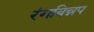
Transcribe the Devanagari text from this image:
रंगबिन्नप